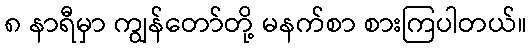
၈ နာရီမှာ ကျွန်တော်တို့ မနက်စာ စားကြပါတယ်။